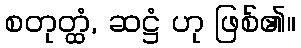
စတုတ္ထံ, ဆဋ္ဌံ ဟု ဖြစ်၏။